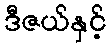
ဒီဇယ်နှင့်